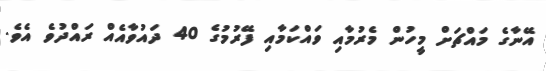
އޭނާގެ މައްޗަށް މީހުން މެރުމާއި ވައްކަމާއި ފޭރުމުގެ 40 ދައުވާއެއް ރައްދުވެ އެވެ.